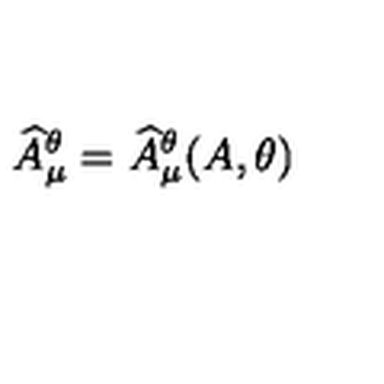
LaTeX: { \widehat A } _ { \mu } ^ { \theta } = { \widehat A } _ { \mu } ^ { \theta } ( A , \theta )